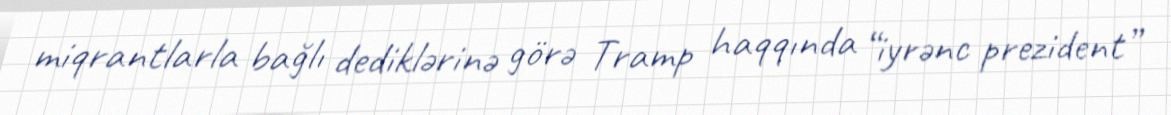
miqrantlarla bağlı dediklərinə görə Tramp haqqında “iyrənc prezident”